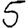
Digit: 5